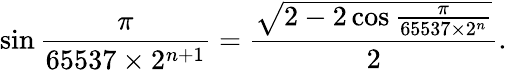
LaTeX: \sin{\frac{\pi}{65537\times 2^{n+1}}}={\frac{\sqrt{2-2\cos{\frac{\pi}{65537\times 2^{n}}}}}{2}}.